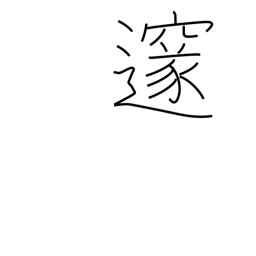
Meaning: profound